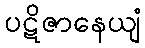
ပဋိဇာနေယျံ